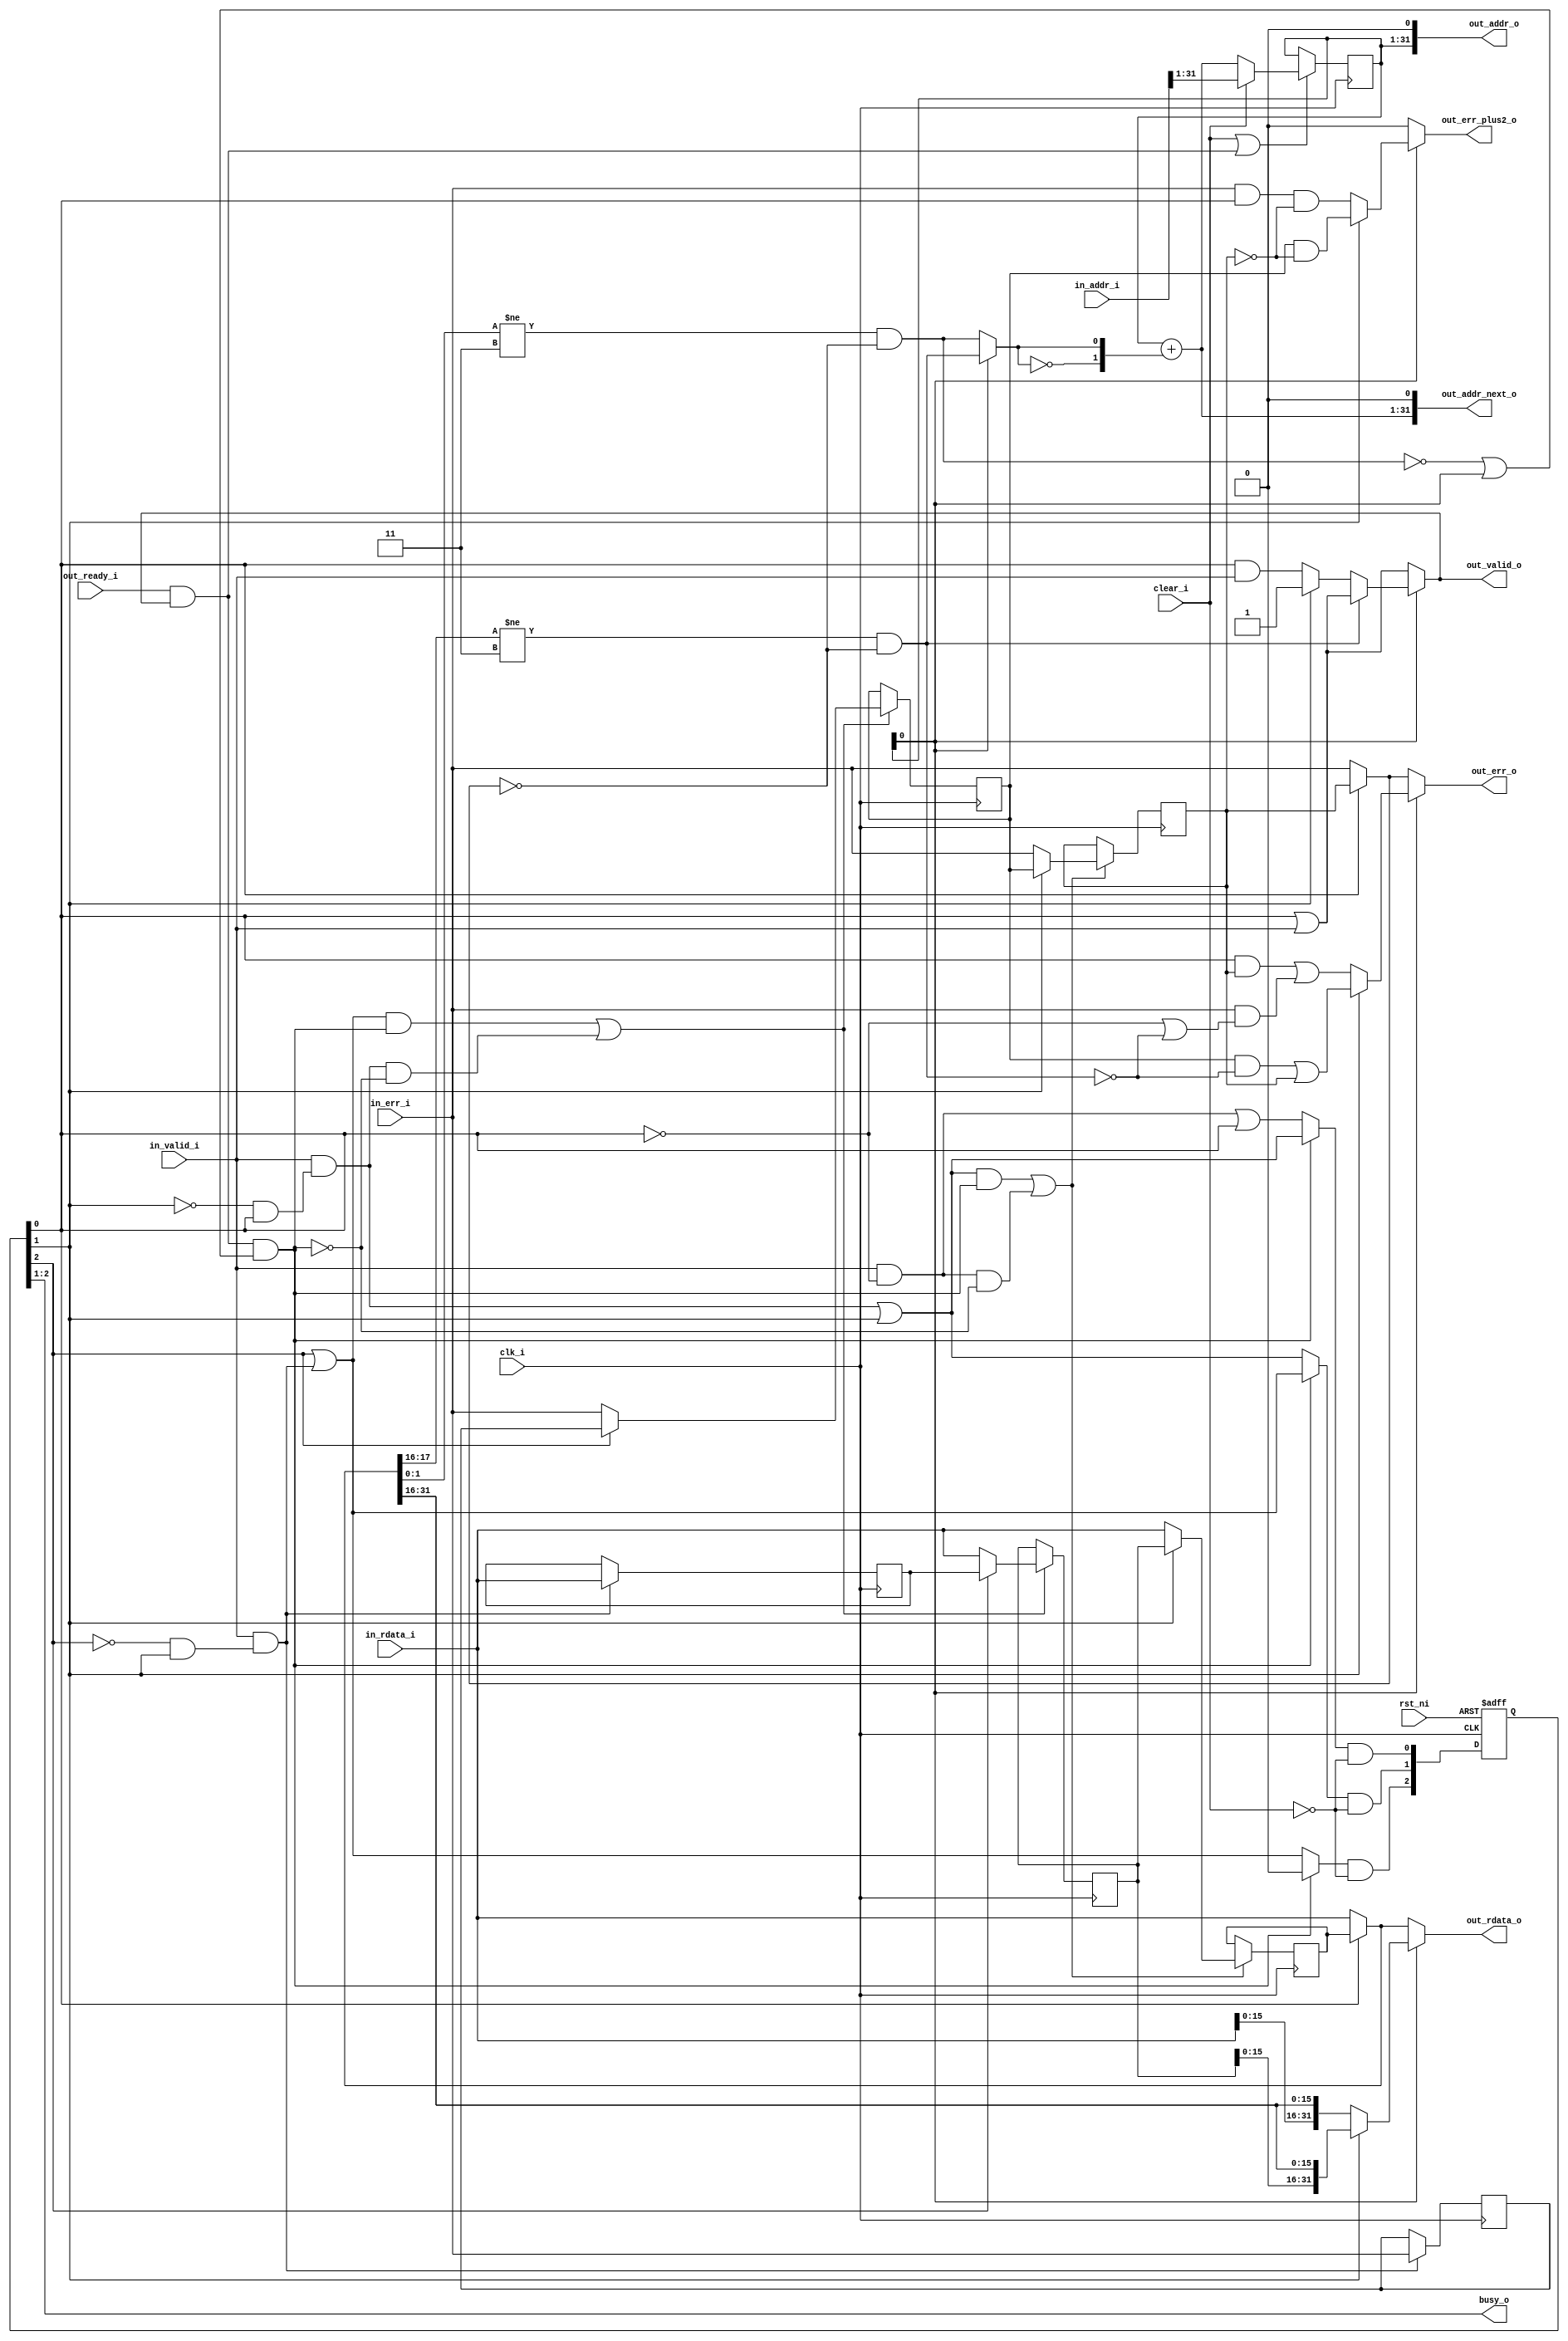
// This program was cloned from: https://github.com/NYU-MLDA/OpenABC
// License: BSD 3-Clause "New" or "Revised" License

module ibex_fetch_fifo (
	clk_i,
	rst_ni,
	clear_i,
	busy_o,
	in_valid_i,
	in_addr_i,
	in_rdata_i,
	in_err_i,
	out_valid_o,
	out_ready_i,
	out_addr_o,
	out_addr_next_o,
	out_rdata_o,
	out_err_o,
	out_err_plus2_o
);
	parameter [31:0] NUM_REQS = 2;
	input wire clk_i;
	input wire rst_ni;
	input wire clear_i;
	output wire [NUM_REQS - 1:0] busy_o;
	input wire in_valid_i;
	input wire [31:0] in_addr_i;
	input wire [31:0] in_rdata_i;
	input wire in_err_i;
	output reg out_valid_o;
	input wire out_ready_i;
	output wire [31:0] out_addr_o;
	output wire [31:0] out_addr_next_o;
	output reg [31:0] out_rdata_o;
	output reg out_err_o;
	output reg out_err_plus2_o;
	localparam [31:0] DEPTH = NUM_REQS + 1;
	wire [(DEPTH * 32) - 1:0] rdata_d;
	reg [(DEPTH * 32) - 1:0] rdata_q;
	wire [DEPTH - 1:0] err_d;
	reg [DEPTH - 1:0] err_q;
	wire [DEPTH - 1:0] valid_d;
	reg [DEPTH - 1:0] valid_q;
	wire [DEPTH - 1:0] lowest_free_entry;
	wire [DEPTH - 1:0] valid_pushed;
	wire [DEPTH - 1:0] valid_popped;
	wire [DEPTH - 1:0] entry_en;
	wire pop_fifo;
	wire [31:0] rdata;
	wire [31:0] rdata_unaligned;
	wire err;
	wire err_unaligned;
	wire err_plus2;
	wire valid;
	wire valid_unaligned;
	wire aligned_is_compressed;
	wire unaligned_is_compressed;
	wire addr_incr_two;
	wire [31:1] instr_addr_next;
	wire [31:1] instr_addr_d;
	reg [31:1] instr_addr_q;
	wire instr_addr_en;
	wire unused_addr_in;
	assign rdata = (valid_q[0] ? rdata_q[0+:32] : in_rdata_i);
	assign err = (valid_q[0] ? err_q[0] : in_err_i);
	assign valid = valid_q[0] | in_valid_i;
	assign rdata_unaligned = (valid_q[1] ? {rdata_q[47-:16], rdata[31:16]} : {in_rdata_i[15:0], rdata[31:16]});
	assign err_unaligned = (valid_q[1] ? (err_q[1] & ~unaligned_is_compressed) | err_q[0] : (valid_q[0] & err_q[0]) | (in_err_i & (~valid_q[0] | ~unaligned_is_compressed)));
	assign err_plus2 = (valid_q[1] ? err_q[1] & ~err_q[0] : (in_err_i & valid_q[0]) & ~err_q[0]);
	assign valid_unaligned = (valid_q[1] ? 1'b1 : valid_q[0] & in_valid_i);
	assign unaligned_is_compressed = (rdata[17:16] != 2'b11) & ~err;
	assign aligned_is_compressed = (rdata[1:0] != 2'b11) & ~err;
	always @(*)
		if (out_addr_o[1]) begin
			out_rdata_o = rdata_unaligned;
			out_err_o = err_unaligned;
			out_err_plus2_o = err_plus2;
			if (unaligned_is_compressed)
				out_valid_o = valid;
			else
				out_valid_o = valid_unaligned;
		end
		else begin
			out_rdata_o = rdata;
			out_err_o = err;
			out_err_plus2_o = 1'b0;
			out_valid_o = valid;
		end
	assign instr_addr_en = clear_i | (out_ready_i & out_valid_o);
	assign addr_incr_two = (instr_addr_q[1] ? unaligned_is_compressed : aligned_is_compressed);
	assign instr_addr_next = instr_addr_q[31:1] + {29'd0, ~addr_incr_two, addr_incr_two};
	assign instr_addr_d = (clear_i ? in_addr_i[31:1] : instr_addr_next);
	always @(posedge clk_i)
		if (instr_addr_en)
			instr_addr_q <= instr_addr_d;
	assign out_addr_next_o = {instr_addr_next, 1'b0};
	assign out_addr_o = {instr_addr_q, 1'b0};
	assign unused_addr_in = in_addr_i[0];
	assign busy_o = valid_q[DEPTH - 1:DEPTH - NUM_REQS];
	assign pop_fifo = (out_ready_i & out_valid_o) & (~aligned_is_compressed | out_addr_o[1]);
	generate
		genvar i;
		for (i = 0; i < (DEPTH - 1); i = i + 1) begin : g_fifo_next
			if (i == 0) begin : g_ent0
				assign lowest_free_entry[i] = ~valid_q[i];
			end
			else begin : g_ent_others
				assign lowest_free_entry[i] = ~valid_q[i] & valid_q[i - 1];
			end
			assign valid_pushed[i] = (in_valid_i & lowest_free_entry[i]) | valid_q[i];
			assign valid_popped[i] = (pop_fifo ? valid_pushed[i + 1] : valid_pushed[i]);
			assign valid_d[i] = valid_popped[i] & ~clear_i;
			assign entry_en[i] = (valid_pushed[i + 1] & pop_fifo) | ((in_valid_i & lowest_free_entry[i]) & ~pop_fifo);
			assign rdata_d[i * 32+:32] = (valid_q[i + 1] ? rdata_q[(i + 1) * 32+:32] : in_rdata_i);
			assign err_d[i] = (valid_q[i + 1] ? err_q[i + 1] : in_err_i);
		end
	endgenerate
	assign lowest_free_entry[DEPTH - 1] = ~valid_q[DEPTH - 1] & valid_q[DEPTH - 2];
	assign valid_pushed[DEPTH - 1] = valid_q[DEPTH - 1] | (in_valid_i & lowest_free_entry[DEPTH - 1]);
	assign valid_popped[DEPTH - 1] = (pop_fifo ? 1'b0 : valid_pushed[DEPTH - 1]);
	assign valid_d[DEPTH - 1] = valid_popped[DEPTH - 1] & ~clear_i;
	assign entry_en[DEPTH - 1] = in_valid_i & lowest_free_entry[DEPTH - 1];
	assign rdata_d[(DEPTH - 1) * 32+:32] = in_rdata_i;
	assign err_d[DEPTH - 1] = in_err_i;
	always @(posedge clk_i or negedge rst_ni)
		if (!rst_ni)
			valid_q <= {DEPTH {1'sb0}};
		else
			valid_q <= valid_d;
	generate
		for (i = 0; i < DEPTH; i = i + 1) begin : g_fifo_regs
			always @(posedge clk_i)
				if (entry_en[i]) begin
					rdata_q[i * 32+:32] <= rdata_d[i * 32+:32];
					err_q[i] <= err_d[i];
				end
		end
	endgenerate
endmodule